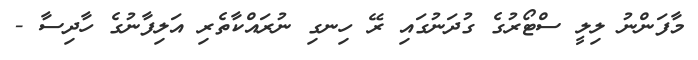
މާފަންނު ލިލީ ސްޓޯރުގެ ގުދަނުގައި ރޭ ހިނގި ނުރައްކާތެރި އަލިފާނުގެ ހާދިސާ -